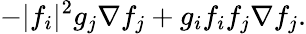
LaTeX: -|f_{i}|^{2}g_{j}\nabla f_{j}+g_{i}f_{i}f_{j}\nabla f_{j}.